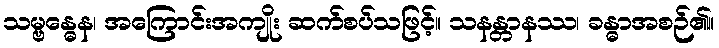
သမ္ဗန္ဓေန၊ အကြောင်းအကျိုး ဆက်စပ်သဖြင့်။ သနန္တာနဿ၊ ခန္ဓာအစဉ်၏။